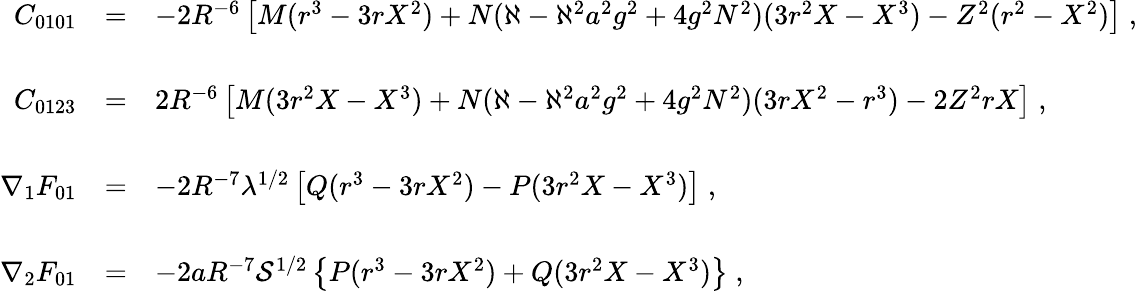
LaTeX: \begin{array}{rcl}{{C_{0101}}}&{{=}}&{{-2R^{-6}\left[M(r^{3}-3rX^{2})+N(\aleph-\aleph^{2}a^{2}g^{2}+4g^{2}N^{2})(3r^{2}X-X^{3})-Z^{2}(r^{2}-X^{2})\right]\; ,}}\\ {{}}&{{}}&{{}}\\ {{C_{0123}}}&{{=}}&{{2R^{-6}\left[M(3r^{2}X-X^{3})+N(\aleph-\aleph^{2}a^{2}g^{2}+4g^{2}N^{2})(3rX^{2}-r^{3})-2Z^{2}rX\right]\; ,}}\\ {{}}&{{}}&{{}}\\ {{\nabla_{1}F_{01}}}&{{=}}&{{-2R^{-7}\lambda^{1/2}\left[Q(r^{3}-3rX^{2})-P(3r^{2}X-X^{3})\right]\; ,}}\\ {{}}&{{}}&{{}}\\ {{\nabla_{2}F_{01}}}&{{=}}&{{-2aR^{-7}{\cal S}^{1/2}\left\{ P(r^{3}-3rX^{2})+Q(3r^{2}X-X^{3})\right\} \; ,}}\end{array}